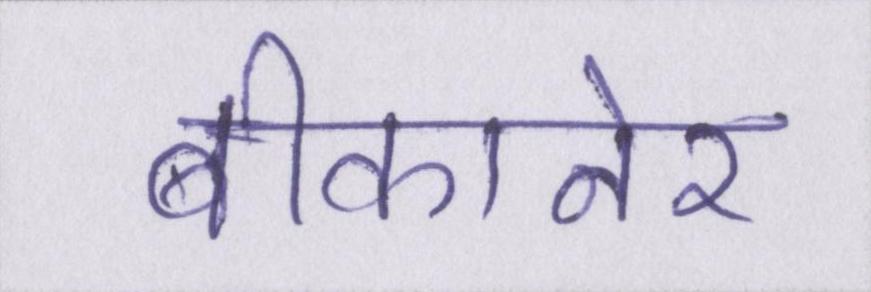
बीकानेर